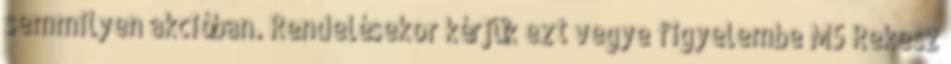
semmilyen akcióban. Rendelésekor kérjük ezt vegye figyelembe M5 Rekesz